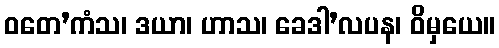
ဝတေ’ကံသ၊ ဒယာ၊ ဟာသ၊ ခေဒါ’လပန၊ ဝိမှယေ။